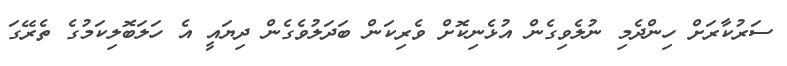
ސަރުކާރަށް ހިންދެމި ނުލެވިގެން އުޅެނިކޮށް ވެރިކަން ބަދަލުވެގެން ދިޔައީ އެ ހަލަބޮލިކަމުގެ ތެރޭގަ